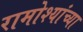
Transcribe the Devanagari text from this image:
रामोश्यांच्या